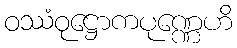
ဝဿံဝုဋ္ဌောကပုဏ္ဏေဟိ